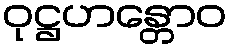
ဝုဋ္ဌဟန္တောဝ